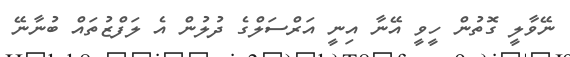
ނޭވާލީ ގޮތުން ހީވީ އޭނާ އިނީ އަރްސަލްގެ ދުލުން އެ ލަފްޒުތައް ބުނާނޭ